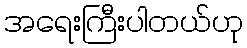
အရေးကြီးပါတယ်ဟု